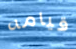
قيامه